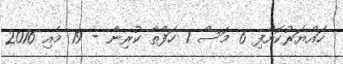
ހައްޔަރުކޮށްފި 6 މަސް 1 ހަފްތާ ކުރިން - 19 މެއި 2016